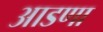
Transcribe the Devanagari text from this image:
आडणा